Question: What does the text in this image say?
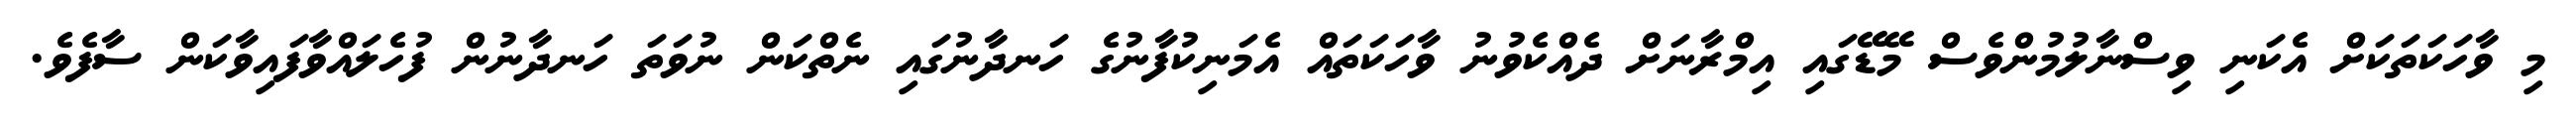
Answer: މި ވާހަކަތަކަށް އެކަނި ވިސްނާލުމުންވެސް މޭޑޭގައި އިމްރާނަށް ދެއްކެވުނު ވާހަކަތައް އެމަނިކުފާނުގެ ހަނދާނުގައި ނެތްކަން ނުވަތަ ހަނދާނުން ފުހެލައްވާފައިވާކަން ސާފެވެ.